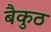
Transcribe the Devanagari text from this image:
बैकुठ